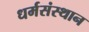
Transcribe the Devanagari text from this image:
धर्मसंस्थान